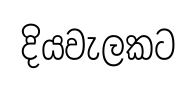
දියවැලකට